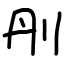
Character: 刐